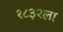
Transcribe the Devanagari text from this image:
१८३२ला